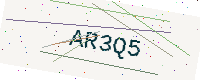
Text: AR3Q5